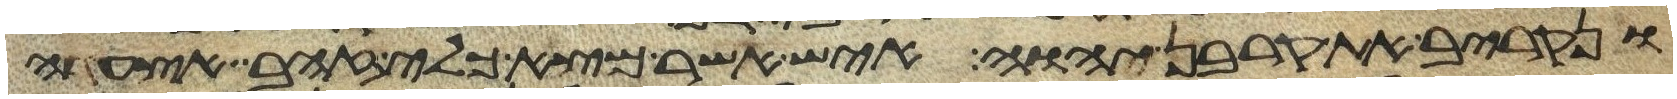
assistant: ונקריב את קרבן יהוה איש אשר מצא כלי זהב אצעדה